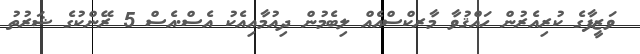
ވަޒީފާގެ ކުރިއެރުން ހައްޤުވާ މާރކްސްއެއް ލިބެމުން ދިއުމާއިއެކު އެސް.އެސް 5 ރޭންކުގެ ޝަރުތު